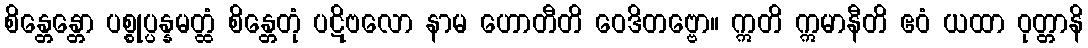
စိန္တေန္တော ပစ္စုပ္ပန္နမတ္ထံ စိန္တေတုံ ပဋိဗလော နာမ ဟောတီတိ ဝေဒိတဗ္ဗော။ ဣတိ ဣမာနီတိ ဧဝံ ယထာ ဝုတ္တာနိ